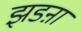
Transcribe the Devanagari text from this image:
झडऩा